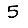
Digit: 5